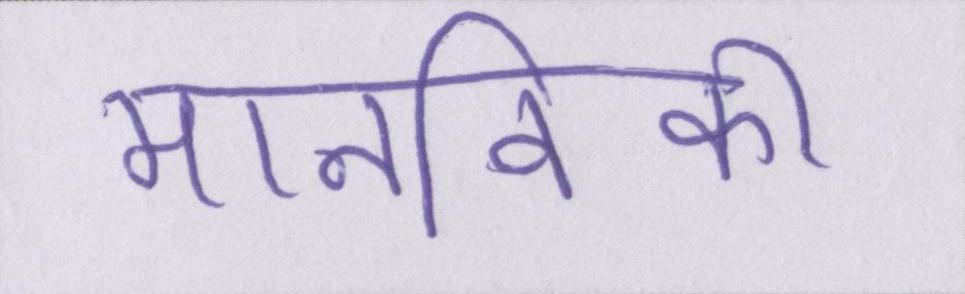
मानविकी